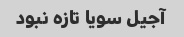
آجیل سویا تازه نبود